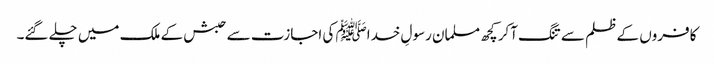
کافروں کے ظلم سے تنگ آکر کچھ مسلمان رسولِ خداﷺ کی اجازت سے حبش کے ملک میں چلے گئے۔